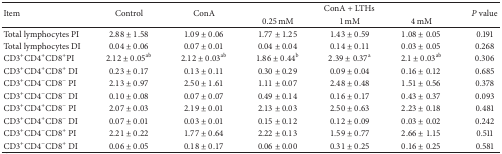
| <ROWSPAN=2> Item | <ROWSPAN=2> Control | <ROWSPAN=2> ConA | <COLSPAN=3> ConA + LTHs | <ROWSPAN=2> P value |
 | 0.25 mM | 1 mM | 4 mM |
 | --- | --- | --- | --- | --- | --- | --- |
 | Total lymphocytes PI | 2.88 ± 1.58 | 1.09 ± 0.06 | 1.77 ± 1.25 | 1.43 ± 0.59 | 1.08 ± 0.05 | 0.191 |
 | Total lymphocytes DI | 0.04 ± 0.06 | 0.07 ± 0.01 | 0.04 ± 0.04 | 0.14 ± 0.11 | 0.03 ± 0.05 | 0.268 |
 | CD3+CD4+CD8+PI | 2.12 ± 0.05ab | 2.12 ± 0.03ab | 1.86 ± 0.44b | 2.39 ± 0.37a | 2.1 ± 0.03ab | 0.306 |
 | CD3+CD4+CD8+ DI | 0.23 ± 0.17 | 0.13 ± 0.11 | 0.30 ± 0.29 | 0.09 ± 0.04 | 0.16 ± 0.12 | 0.685 |
 | CD3+CD4−CD8− PI | 2.13 ± 0.97 | 2.50 ± 1.61 | 1.11 ± 0.07 | 2.48 ± 0.48 | 1.51 ± 0.56 | 0.378 |
 | CD3+CD4−CD8− DI | 0.10 ± 0.08 | 0.07 ± 0.07 | 0.49 ± 0.14 | 0.16 ± 0.17 | 0.43 ± 0.37 | 0.093 |
 | CD3+CD4+CD8− PI | 2.07 ± 0.03 | 2.19 ± 0.01 | 2.13 ± 0.03 | 2.50 ± 0.63 | 2.23 ± 0.18 | 0.481 |
 | CD3+CD4+CD8− DI | 0.07 ± 0.01 | 0.03 ± 0.01 | 0.15 ± 0.12 | 0.12 ± 0.09 | 0.03 ± 0.02 | 0.242 |
 | CD3+CD4−CD8+ PI | 2.21 ± 0.22 | 1.77 ± 0.64 | 2.22 ± 0.13 | 1.59 ± 0.77 | 2.66 ± 1.15 | 0.511 |
 | CD3+CD4−CD8+ DI | 0.06 ± 0.05 | 0.18 ± 0.17 | 0.06 ± 0.00 | 0.31 ± 0.25 | 0.16 ± 0.25 | 0.581 |